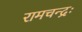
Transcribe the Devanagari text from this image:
रामचन्द्रः